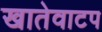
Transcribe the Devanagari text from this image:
खातेवाटप